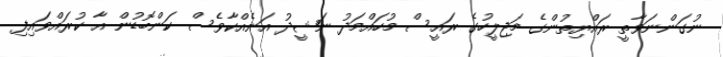
ނުގަންނަވާތީ ރައްޔިތުންގެ މަޖިލީހުގެ ރައީސް މުހައްމަދު ނަޝީދު އަނެއްކާވެސް ކަންބޮޑުން އާ ކުރައްވައިފި